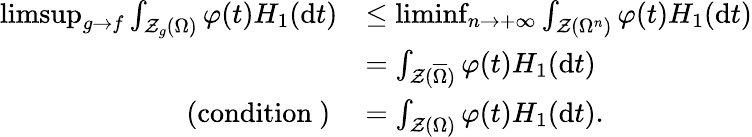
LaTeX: \begin{array}{rl}{\operatorname*{limsup}_{g\to f}\int_{\mathcal{Z}_{g}(\Omega)}\varphi(t)H_{1}(\mathrm{d}t)}&{\leq\operatorname*{liminf}_{n\to+\infty}\int_{\mathcal{Z}(\Omega^{n})}\varphi(t)H_{1}(\mathrm{d}t)}\\ &{=\int_{\mathcal{Z}(\overline{{\Omega}})}\varphi(t)H_{1}(\mathrm{d}t)}\\ {\mathrm{(condition~)~}}&{=\int_{\mathcal{Z}(\Omega)}\varphi(t)H_{1}(\mathrm{d}t).}\end{array}